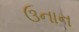
ઉનાન